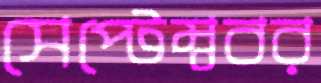
সেপ্টেম্ববর